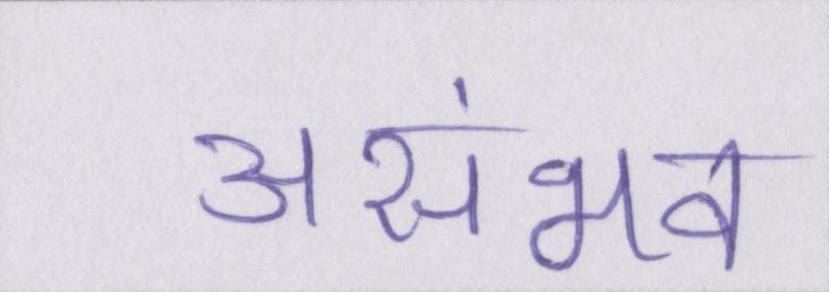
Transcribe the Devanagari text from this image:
असंभव